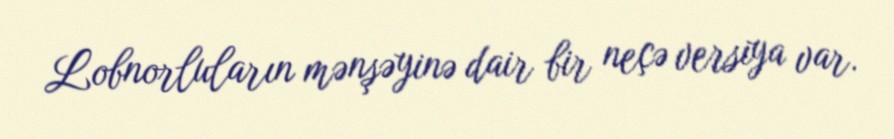
Lobnorluların mənşəyinə dair bir neçə versiya var.